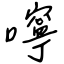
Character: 嚀